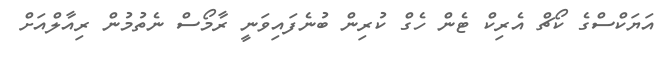
އަޔަކްސްގެ ކޯޗް އެރިކް ޓެން ހެގް ކުރިން ބުނެފައިވަނީ ރާމޯސް ނެތުމުން ރިއާލްއަށް